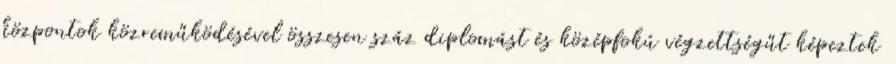
központok közreműködésével összesen száz diplomást és középfokú végzettségűt képeztek